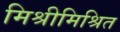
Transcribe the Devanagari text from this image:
मिश्रीमिश्रित